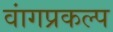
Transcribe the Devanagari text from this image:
वांगप्रकल्प